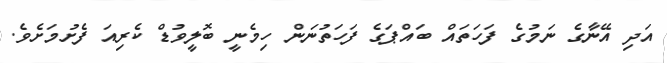
އަދި އޭނާގެ ނަމުގެ ފަހަތައް ބައްޕަގެ ފަހަތުނަން ހިމެނީ ބޮލީވުޑް ކެރިއަ ފެށުމަށެވެ.